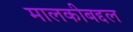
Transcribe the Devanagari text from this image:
मालकीबद्दल